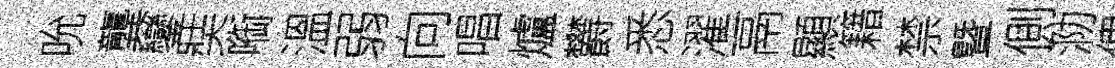
吮龔鑾奘㗸溫弱向唱爐欝悉濯鬲顯籍禁曁側泐俾